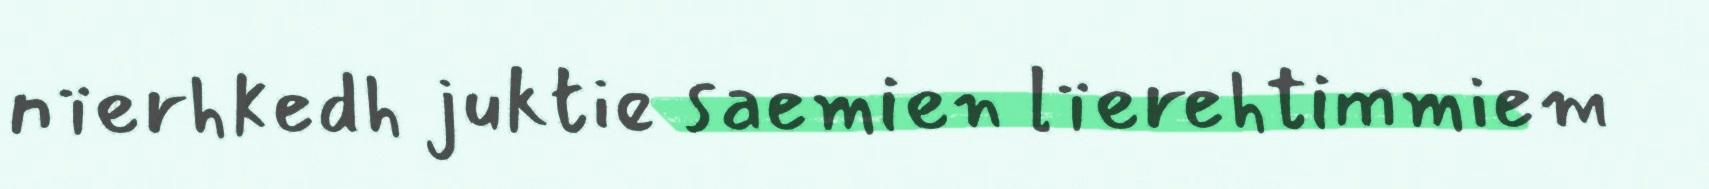
nïerhkedh juktie saemien lïerehtimmiem